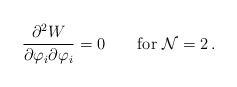
\begin{align*}\frac{\partial^2 {W}}{\partial \varphi_i \partial\varphi_i}=0\qquad \mbox{for ${\cal N}=2$}\,.\end{align*}